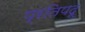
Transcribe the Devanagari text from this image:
प्रतिपदू